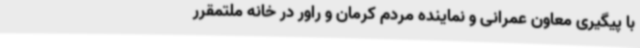
با پیگیری معاون عمرانی و نماینده مردم کرمان و راور در خانه ملتمقرر